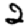
Digit: 2